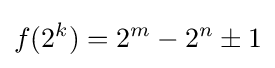
f(2^{k})=2^{m}-2^{n}\pm 1